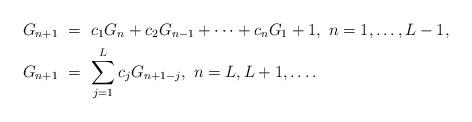
LaTeX: \begin{align*} G_{n+1} &\ = \ c_1 G_n + c_2 G_{n-1} + \cdots + c_n G_{1}+1,~n=1,\dots, L-1,\\ G_{n+1} &\ = \ \sum_{j=1}^L c_j G_{n+1 - j},~ n=L,L+1,\dots. \end{align*}